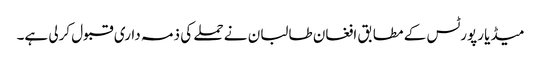
میڈیا رپورٹس کے مطابق افغان طالبان نے حملے کی ذمہ داری قبول کرلی ہے۔